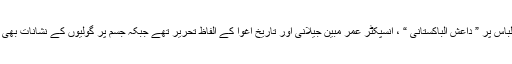
مقتول کے لباس پر ” داعش الباکستانی “ ، انسپکٹر عمر مبین جیلانی اور تاریخ اغوا کے الفاظ تحریر تھے جبکہ جسم پر گولیوں کے نشانات بھی موجود ہیں۔